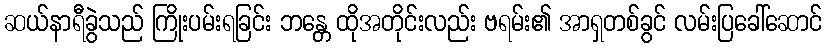
ဆယ်နာရီခွဲသည် ကြိုးပမ်းရခြင်း ဘန္တေ ထိုအတိုင်းလည်း ဗရမ်း၏ အာရှတစ်ခွင် လမ်းပြခေါ်ဆောင်